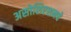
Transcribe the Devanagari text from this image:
असोशिएशनचे